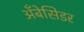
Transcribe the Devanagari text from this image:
अँबेसिडर